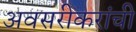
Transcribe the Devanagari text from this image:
अवसरीकरांची